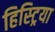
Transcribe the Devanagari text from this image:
हिस्ट्रिया